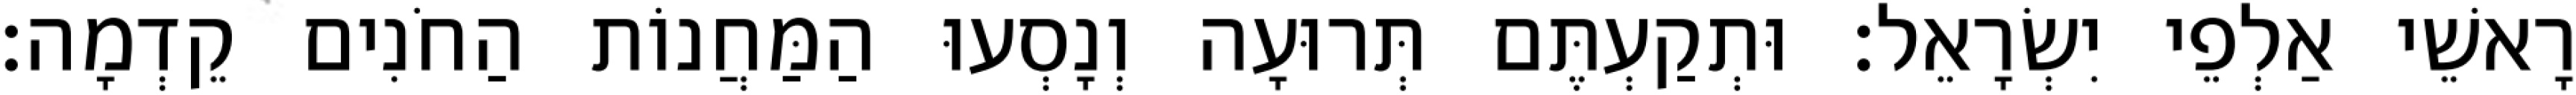
רָאשֵׁי אַלְפֵי יִשְׂרָאֵל׃ וּתְקַעְתֶּם תְּרוּעָה וְנָסְעוּ הַמַּחֲנוֹת הַחֹנִים קֵדְמָה׃